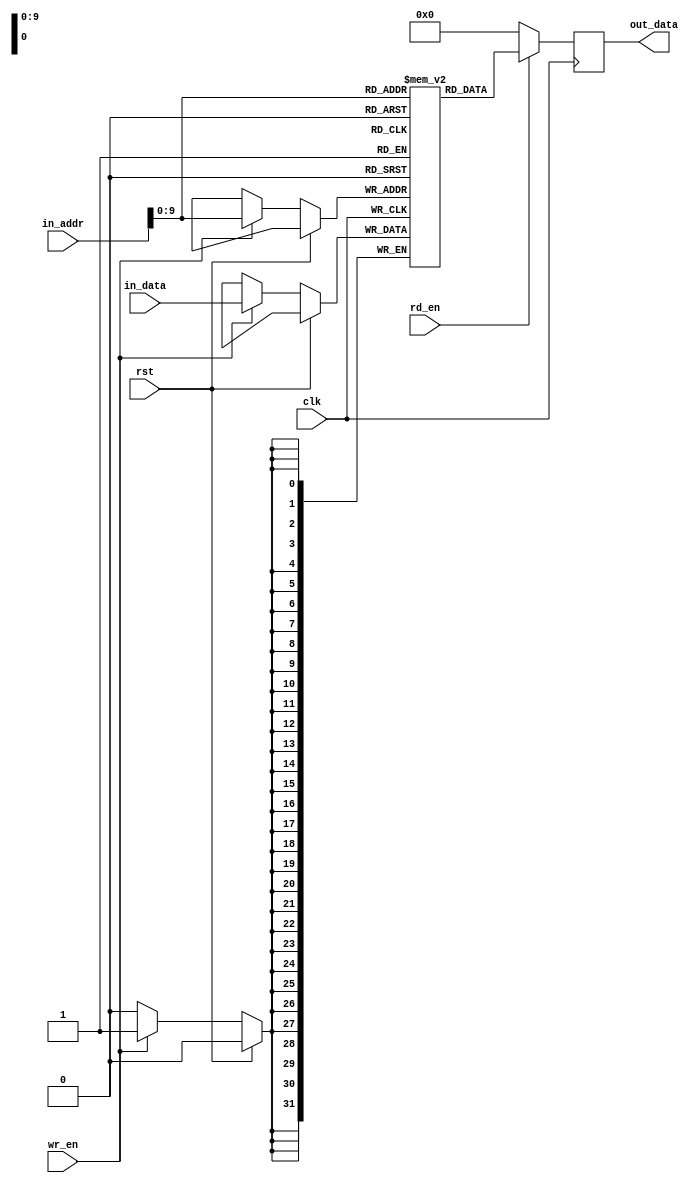
`timescale 1ns / 1ps
//////////////////////////////////////////////////////////////////////////////////
// Company: 
// Engineer: 
// 
// Design Name: 
// Module Name: data_mem
// Project Name: 
// Target Devices: 
// Tool Versions: 
// Description: 
// 
// Dependencies: 
// 
// Revision:
// Revision 0.01 - File Created
// Additional Comments:
// 
//////////////////////////////////////////////////////////////////////////////////


module data_mem(
input [31:0] in_addr, 
input [31:0] in_data,
input clk,rst,wr_en,rd_en,
output reg [31:0] out_data

    );
    reg [31:0] data_mem [1023:0];
    wire [31:0]opcode_addr;
    assign opcode_addr = in_addr;
    initial
    begin
    data_mem[0] = 32'h00000000;
    data_mem[1] = 32'h00000001;
    data_mem[2] = 32'h00000002;
    data_mem[3] = 32'h00000003;
    data_mem[4] = 32'h00000004;
    data_mem[5] = 32'h00000005;
    data_mem[6] = 32'h00000006;
    data_mem[7] = 32'h00000007;
    data_mem[8] = 32'h00000010;
    data_mem[9] = 32'h00000011;
    data_mem[10]= 32'h00000012;
    data_mem[11]= 32'h00000013;
    data_mem[12]= 32'h00000014;
    data_mem[13]= 32'h00000015;
    data_mem[14]= 32'h00000016;
    data_mem[15]= 32'h00000017;
    end
    always @(posedge clk)
    begin
    if (rst==1)
    out_data<=32'h00000000;
    else
        if(wr_en)
        data_mem[opcode_addr]<=in_data;
        if(rd_en)
        out_data<=data_mem[opcode_addr];
        else
        out_data<=32'h00000000;
    end
endmodule